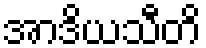
အာဒိယသီတိ